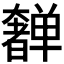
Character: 𫰂